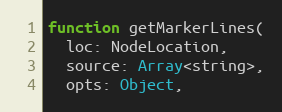
Language: JavaScript
function getMarkerLines(
  loc: NodeLocation,
  source: Array<string>,
  opts: Object,